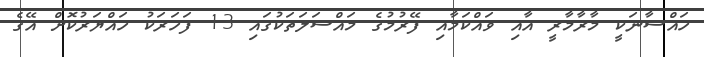
ހައްސާނަކީ މާރާމާރީ އާއި ވައްކަމާއި ފޭރުމުގެ މައްސަލަތަކުގައި 13 ފަހަރަކު ހައްޔަރުކޮށް އޭގެ